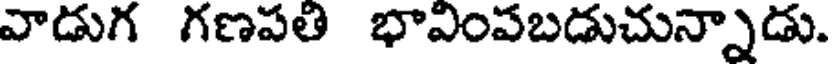
వాడుగ గణపతి భావింపబడుచున్నాడు.